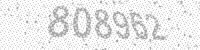
Solution: 808962